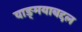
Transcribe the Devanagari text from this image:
वाङ्‌मयाबद्दल